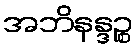
အဘိနန္ဒဉ္စ